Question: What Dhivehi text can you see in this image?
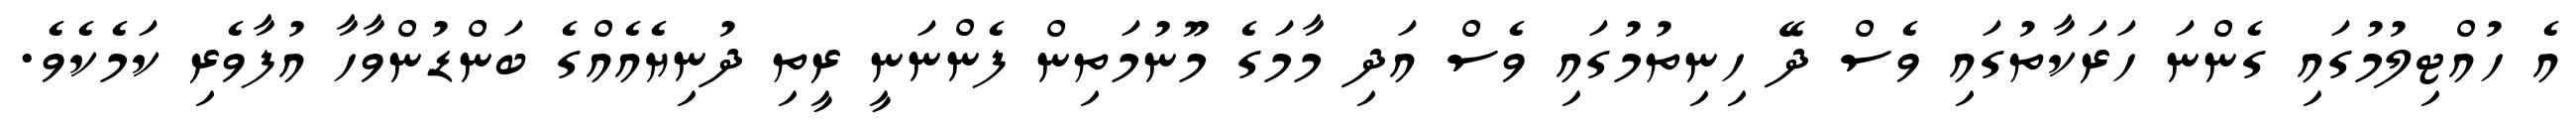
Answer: އެ ހުއްޓިލުމުގައި ގެންނަ ހަރަކާތުގައި ވެސް ދޭ ހިނިތުމުގައި ވެސް އަދި މާމަގެ މޫނުމަތިން ފެންނަނީ ރީތި ދުނިޔެއެއްގެ ބަންޑުންވާހާ އުފާވެރި ކަމެކެވެ.